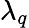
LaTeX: \lambda_{q}